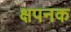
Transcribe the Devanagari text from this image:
क्षपनक